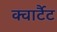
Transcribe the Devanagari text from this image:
क्वार्टैट